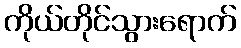
ကိုယ်တိုင်သွားရောက်